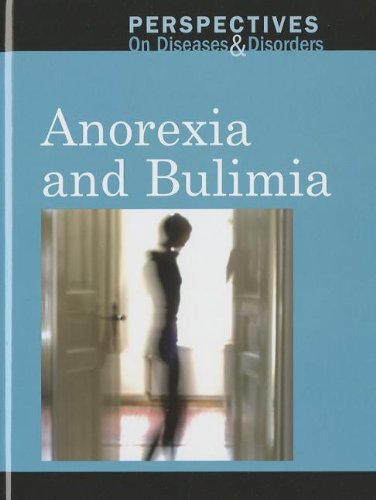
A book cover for Anorexia and Bulimia (Perspectives on Diseases and Disorders); Arthur Gillard; Health, Fitness & Dieting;